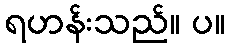
ရဟန်းသည်။ ပ။